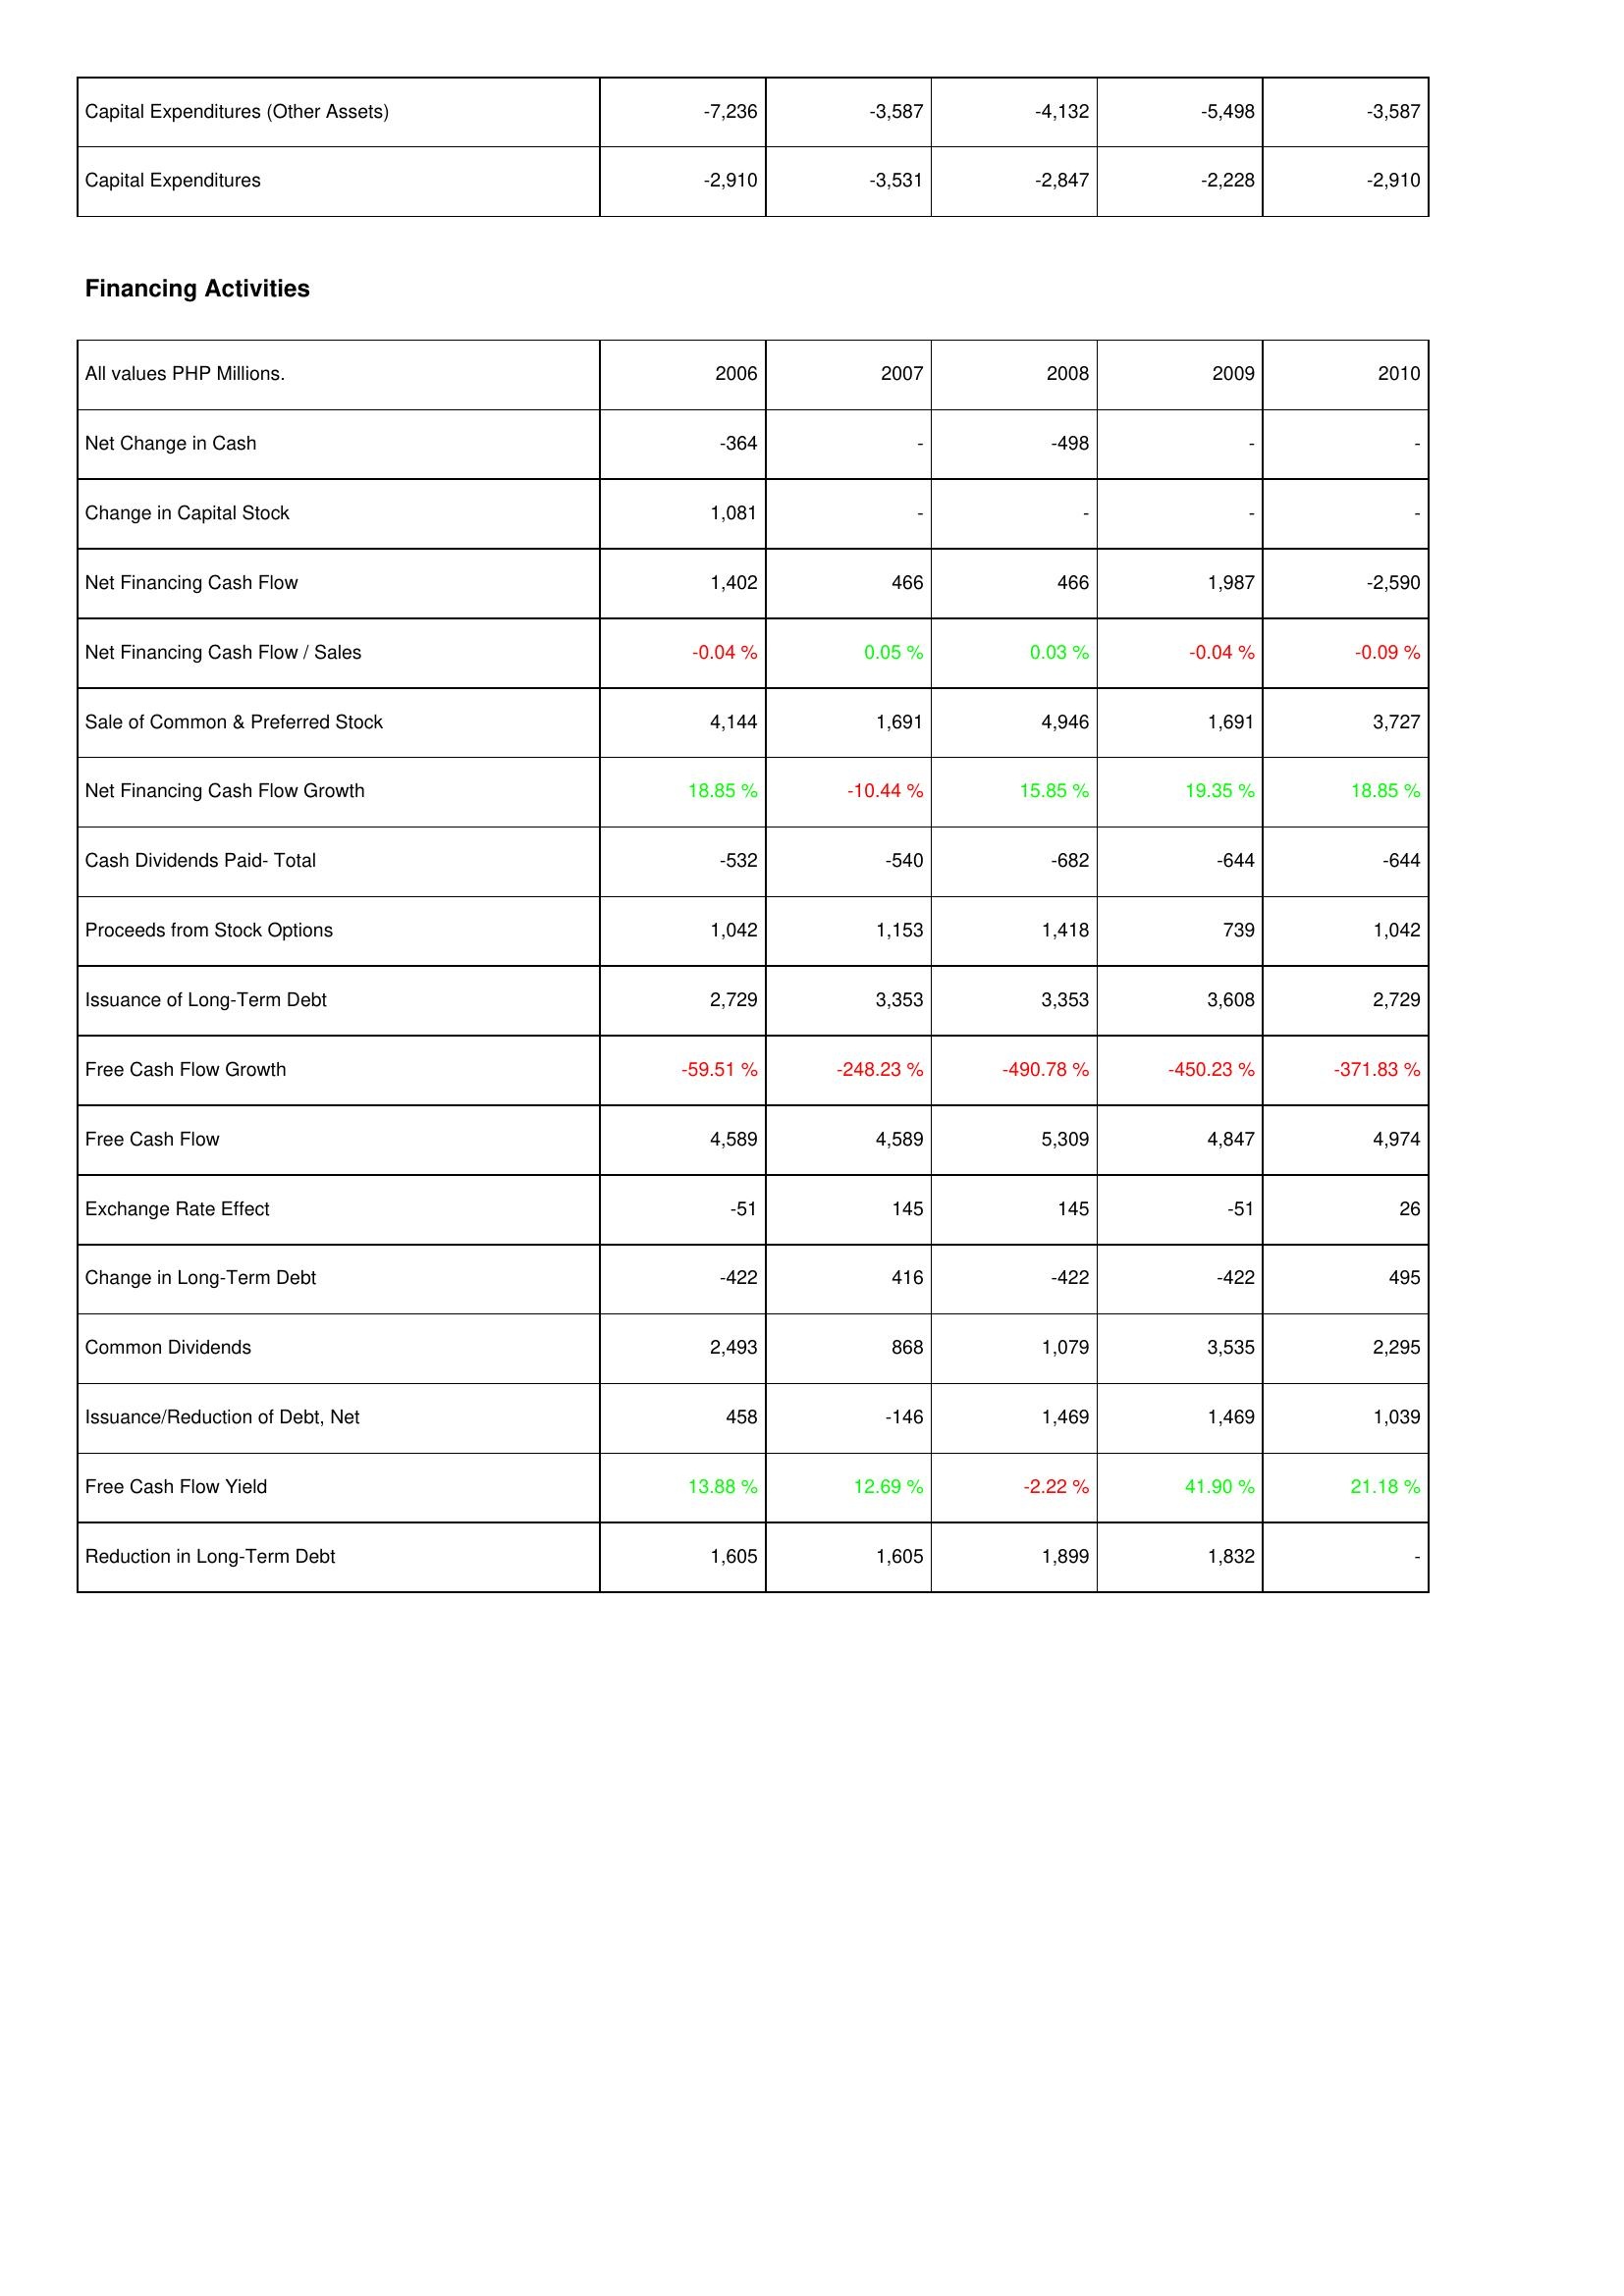
2006: Investing Activities: Capital Expenditures (Other Assets): -7,236
Capital Expenditures: -2,910
Financing Activities: Net Change in Cash: -364
Change in Capital Stock: 1,081
Net Financing Cash Flow: 1,402
Net Financing Cash Flow / Sales: -0.04 %
Sale of Common & Preferred Stock: 4,144
Net Financing Cash Flow Growth: 18.85 %
Cash Dividends Paid- Total: -532
Proceeds from Stock Options: 1,042
Issuance of Long-Term Debt: 2,729
Free Cash Flow Growth: -59.51 %
Free Cash Flow: 4,589
Exchange Rate Effect: -51
Change in Long-Term Debt: -422
Common Dividends: 2,493
Issuance/Reduction of Debt, Net: 458
Free Cash Flow Yield: 13.88 %
Reduction in Long-Term Debt: 1,605
2007: Investing Activities: Capital Expenditures (Other Assets): -3,587
Capital Expenditures: -3,531
Financing Activities: Net Change in Cash: -
Change in Capital Stock: -
Net Financing Cash Flow: 466
Net Financing Cash Flow / Sales: 0.05 %
Sale of Common & Preferred Stock: 1,691
Net Financing Cash Flow Growth: -10.44 %
Cash Dividends Paid- Total: -540
Proceeds from Stock Options: 1,153
Issuance of Long-Term Debt: 3,353
Free Cash Flow Growth: -248.23 %
Free Cash Flow: 4,589
Exchange Rate Effect: 145
Change in Long-Term Debt: 416
Common Dividends: 868
Issuance/Reduction of Debt, Net: -146
Free Cash Flow Yield: 12.69 %
Reduction in Long-Term Debt: 1,605
2008: Investing Activities: Capital Expenditures (Other Assets): -4,132
Capital Expenditures: -2,847
Financing Activities: Net Change in Cash: -498
Change in Capital Stock: -
Net Financing Cash Flow: 466
Net Financing Cash Flow / Sales: 0.03 %
Sale of Common & Preferred Stock: 4,946
Net Financing Cash Flow Growth: 15.85 %
Cash Dividends Paid- Total: -682
Proceeds from Stock Options: 1,418
Issuance of Long-Term Debt: 3,353
Free Cash Flow Growth: -490.78 %
Free Cash Flow: 5,309
Exchange Rate Effect: 145
Change in Long-Term Debt: -422
Common Dividends: 1,079
Issuance/Reduction of Debt, Net: 1,469
Free Cash Flow Yield: -2.22 %
Reduction in Long-Term Debt: 1,899
2009: Investing Activities: Capital Expenditures (Other Assets): -5,498
Capital Expenditures: -2,228
Financing Activities: Net Change in Cash: -
Change in Capital Stock: -
Net Financing Cash Flow: 1,987
Net Financing Cash Flow / Sales: -0.04 %
Sale of Common & Preferred Stock: 1,691
Net Financing Cash Flow Growth: 19.35 %
Cash Dividends Paid- Total: -644
Proceeds from Stock Options: 739
Issuance of Long-Term Debt: 3,608
Free Cash Flow Growth: -450.23 %
Free Cash Flow: 4,847
Exchange Rate Effect: -51
Change in Long-Term Debt: -422
Common Dividends: 3,535
Issuance/Reduction of Debt, Net: 1,469
Free Cash Flow Yield: 41.90 %
Reduction in Long-Term Debt: 1,832
2010: Investing Activities: Capital Expenditures (Other Assets): -3,587
Capital Expenditures: -2,910
Financing Activities: Net Change in Cash: -
Change in Capital Stock: -
Net Financing Cash Flow: -2,590
Net Financing Cash Flow / Sales: -0.09 %
Sale of Common & Preferred Stock: 3,727
Net Financing Cash Flow Growth: 18.85 %
Cash Dividends Paid- Total: -644
Proceeds from Stock Options: 1,042
Issuance of Long-Term Debt: 2,729
Free Cash Flow Growth: -371.83 %
Free Cash Flow: 4,974
Exchange Rate Effect: 26
Change in Long-Term Debt: 495
Common Dividends: 2,295
Issuance/Reduction of Debt, Net: 1,039
Free Cash Flow Yield: 21.18 %
Reduction in Long-Term Debt: -